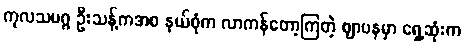
ကုလသမဂ္ဂ ဦးသန့်ကအစ နယ်စုံက လာကန်တော့ကြတဲ့ ဈာပနမှာ ရှေ့ဆုံးက